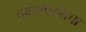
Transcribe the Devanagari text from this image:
पर्वतापर्यंतचा